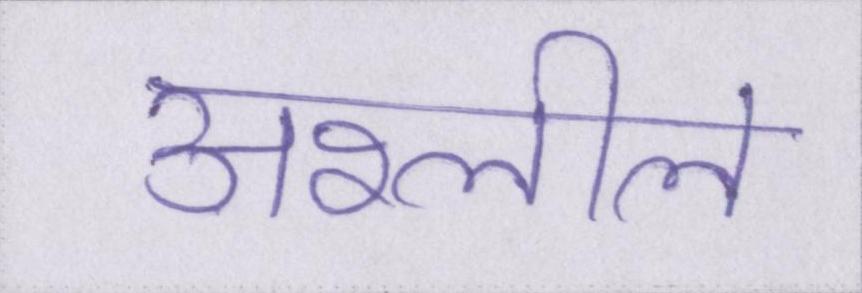
अश्लील